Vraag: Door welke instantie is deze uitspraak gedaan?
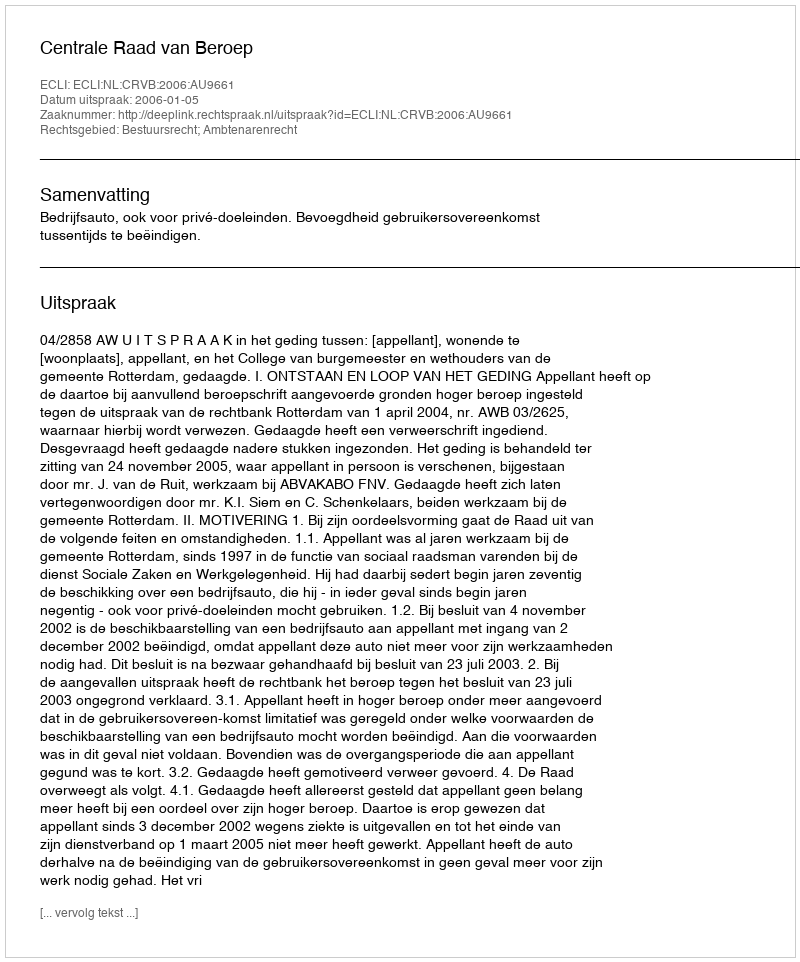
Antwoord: Centrale Raad van Beroep